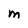
Character: M